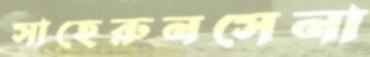
সাহেরুনসেনা